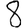
Digit: 8